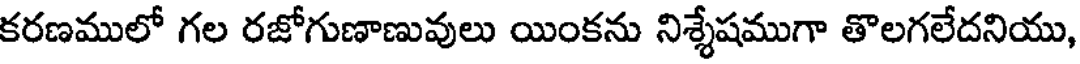
కరణములో గల రజోగుణాణువులు యింకను నిశ్శేషముగా తొలగలేదనియు,